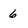
Character: 6